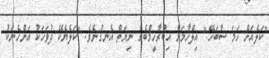
"ކަލެއަށް ހަމަ ސާބަހޭ." އިލްހާމަށް އިބްރާހީމްބެގެ ނިޔަތް އެނގުނެވެ. "ކަލެޔެކޭ ދުވަހަކު އަންހެނަކު